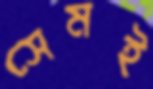
সেমই